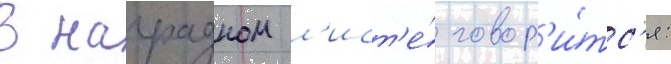
В наградном л'ист'е́ говор'и́тс'я: